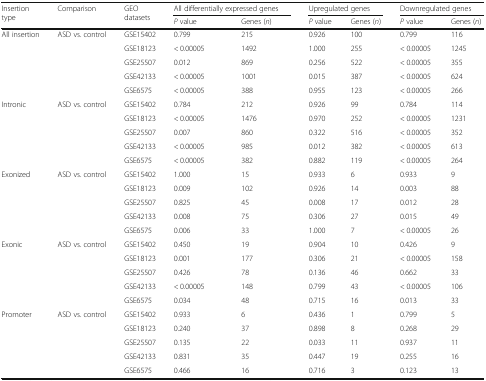
<table><thead><tr><td rowspan="2"><b>Insertion type</b></td><td rowspan="2"><b>Comparison</b></td><td rowspan="2"><b>GEO datasets</b></td><td colspan="2"><b>All differentially expressed genes</b></td><td colspan="2"><b>Upregulated genes</b></td><td colspan="2"><b>Downregulated genes</b></td></tr><tr><td><b><i>P</i> value</b></td><td><b>Genes (<i>n</i>)</b></td><td><b><i>P</i> value</b></td><td><b>Genes (<i>n</i>)</b></td><td><b><i>P</i> value</b></td><td><b>Genes (<i>n</i>)</b></td></tr></thead><tbody><tr><td rowspan="5">All insertion</td><td rowspan="5">ASD vs. control</td><td>GSE15402</td><td>0.799</td><td>215</td><td>0.926</td><td>100</td><td>0.799</td><td>116</td></tr><tr><td>GSE18123</td><td>&lt; 0.00005</td><td>1492</td><td>1.000</td><td>255</td><td>&lt; 0.00005</td><td>1245</td></tr><tr><td>GSE25507</td><td>0.012</td><td>869</td><td>0.256</td><td>522</td><td>&lt; 0.00005</td><td>355</td></tr><tr><td>GSE42133</td><td>&lt; 0.00005</td><td>1001</td><td>0.015</td><td>387</td><td>&lt; 0.00005</td><td>624</td></tr><tr><td>GSE6575</td><td>&lt; 0.00005</td><td>388</td><td>0.955</td><td>123</td><td>&lt; 0.00005</td><td>266</td></tr><tr><td rowspan="5">Intronic</td><td rowspan="5">ASD vs. control</td><td>GSE15402</td><td>0.784</td><td>212</td><td>0.926</td><td>99</td><td>0.784</td><td>114</td></tr><tr><td>GSE18123</td><td>&lt; 0.00005</td><td>1476</td><td>0.970</td><td>252</td><td>&lt; 0.00005</td><td>1231</td></tr><tr><td>GSE25507</td><td>0.007</td><td>860</td><td>0.322</td><td>516</td><td>&lt; 0.00005</td><td>352</td></tr><tr><td>GSE42133</td><td>&lt; 0.00005</td><td>985</td><td>0.012</td><td>382</td><td>&lt; 0.00005</td><td>613</td></tr><tr><td>GSE6575</td><td>&lt; 0.00005</td><td>382</td><td>0.882</td><td>119</td><td>&lt; 0.00005</td><td>264</td></tr><tr><td rowspan="5">Exonized</td><td rowspan="5">ASD vs. control</td><td>GSE15402</td><td>1.000</td><td>15</td><td>0.933</td><td>6</td><td>0.933</td><td>9</td></tr><tr><td>GSE18123</td><td>0.009</td><td>102</td><td>0.926</td><td>14</td><td>0.003</td><td>88</td></tr><tr><td>GSE25507</td><td>0.825</td><td>45</td><td>0.008</td><td>17</td><td>0.012</td><td>28</td></tr><tr><td>GSE42133</td><td>0.008</td><td>75</td><td>0.306</td><td>27</td><td>0.015</td><td>49</td></tr><tr><td>GSE6575</td><td>0.006</td><td>33</td><td>1.000</td><td>7</td><td>&lt; 0.00005</td><td>26</td></tr><tr><td rowspan="5">Exonic</td><td rowspan="5">ASD vs. control</td><td>GSE15402</td><td>0.450</td><td>19</td><td>0.904</td><td>10</td><td>0.426</td><td>9</td></tr><tr><td>GSE18123</td><td>0.001</td><td>177</td><td>0.306</td><td>21</td><td>&lt; 0.00005</td><td>158</td></tr><tr><td>GSE25507</td><td>0.426</td><td>78</td><td>0.136</td><td>46</td><td>0.662</td><td>33</td></tr><tr><td>GSE42133</td><td>&lt; 0.00005</td><td>148</td><td>0.799</td><td>43</td><td>&lt; 0.00005</td><td>106</td></tr><tr><td>GSE6575</td><td>0.034</td><td>48</td><td>0.715</td><td>16</td><td>0.013</td><td>33</td></tr><tr><td rowspan="5">Promoter</td><td rowspan="5">ASD vs. control</td><td>GSE15402</td><td>0.933</td><td>6</td><td>0.436</td><td>1</td><td>0.799</td><td>5</td></tr><tr><td>GSE18123</td><td>0.240</td><td>37</td><td>0.898</td><td>8</td><td>0.268</td><td>29</td></tr><tr><td>GSE25507</td><td>0.135</td><td>22</td><td>0.033</td><td>11</td><td>0.937</td><td>11</td></tr><tr><td>GSE42133</td><td>0.831</td><td>35</td><td>0.447</td><td>19</td><td>0.255</td><td>16</td></tr><tr><td>GSE6575</td><td>0.466</td><td>16</td><td>0.716</td><td>3</td><td>0.123</td><td>13</td></tr></tbody></table>